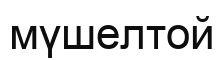
мүшелтой